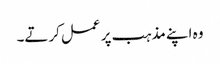
وہ اپنے مذہب پر عمل کرتے۔